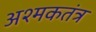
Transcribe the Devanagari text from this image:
अश्मकतंत्र